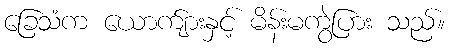
ခြေသံက ယောက်ျားနှင့် မိန်းမကွဲပြား သည်။